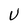
Character: U